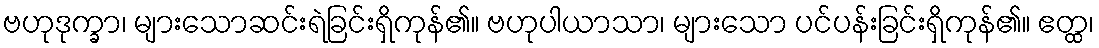
ဗဟုဒုက္ခာ၊ များသောဆင်းရဲခြင်းရှိကုန်၏။ ဗဟုပါယာသာ၊ များသော ပင်ပန်းခြင်းရှိကုန်၏။ ဧတ္ထ၊